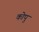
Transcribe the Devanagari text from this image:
कोपु